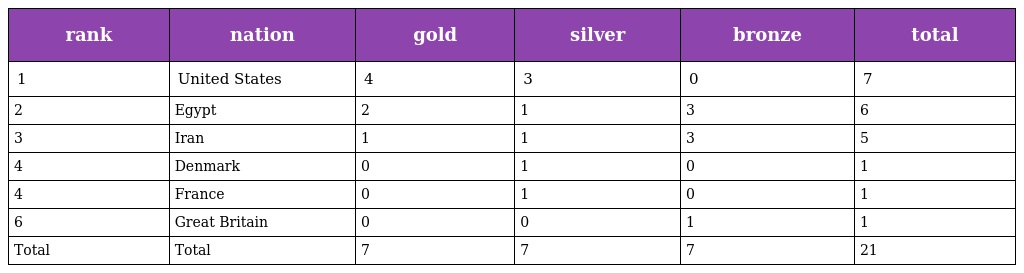
| rank | nation | gold | silver | bronze | total |
 | --- | --- | --- | --- | --- | --- |
 | 1 | United States | 4 | 3 | 0 | 7 |
 | 2 | Egypt | 2 | 1 | 3 | 6 |
 | 3 | Iran | 1 | 1 | 3 | 5 |
 | 4 | Denmark | 0 | 1 | 0 | 1 |
 | 4 | France | 0 | 1 | 0 | 1 |
 | 6 | Great Britain | 0 | 0 | 1 | 1 |
 | Total | Total | 7 | 7 | 7 | 21 |